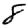
Digit: 8